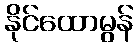
နိုင်ထောမွန်